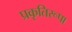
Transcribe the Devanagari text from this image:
प्रकृतिरूपा